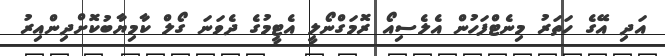
އަދި އޭގެ ހަތަރު މިނެޓްފަހުން އެލެސިއޯ ރޮމަގްނޯލީ އެޓީމުގެ ދެވަނަ ގޯލް ކާމިޔާބުކޮށްދިންއިރު